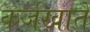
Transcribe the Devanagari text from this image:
कर्जखाते